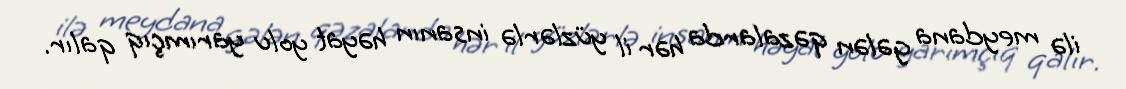
ilə meydana gələn qəzalarda hər il yüzlərlə insanın həyat yolu yarımçıq qalır.